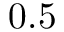
0 . 5